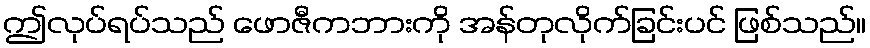
ဤလုပ်ရပ်သည် ဖောဇီကဘားကို အန်တုလိုက်ခြင်းပင် ဖြစ်သည်။